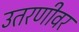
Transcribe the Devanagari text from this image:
उतरणीवर